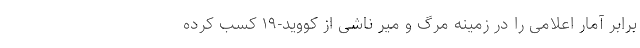
برابر آمار اعلامی را در زمینه مرگ و میر ناشی از کووید-۱۹ کسب کرده